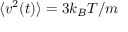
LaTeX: \langle v ^ { 2 } ( t ) \rangle = 3 k _ { B } T / m